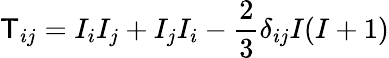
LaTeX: \mathsf{T}_{ij}=I_{i}I_{j}+I_{j}I_{i}-\frac{{2}}{{3}}\delta_{ij}I(I+1)